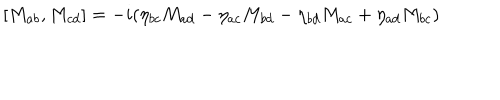
[ M _ { a b } , M _ { c d } ] = - i ( \eta _ { b c } M _ { a d } - \eta _ { a c } M _ { b d } - \eta _ { b d } M _ { a c } + \eta _ { a d } M _ { b c } )